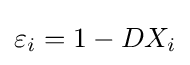
\varepsilon _{i}=1-DX_{i}